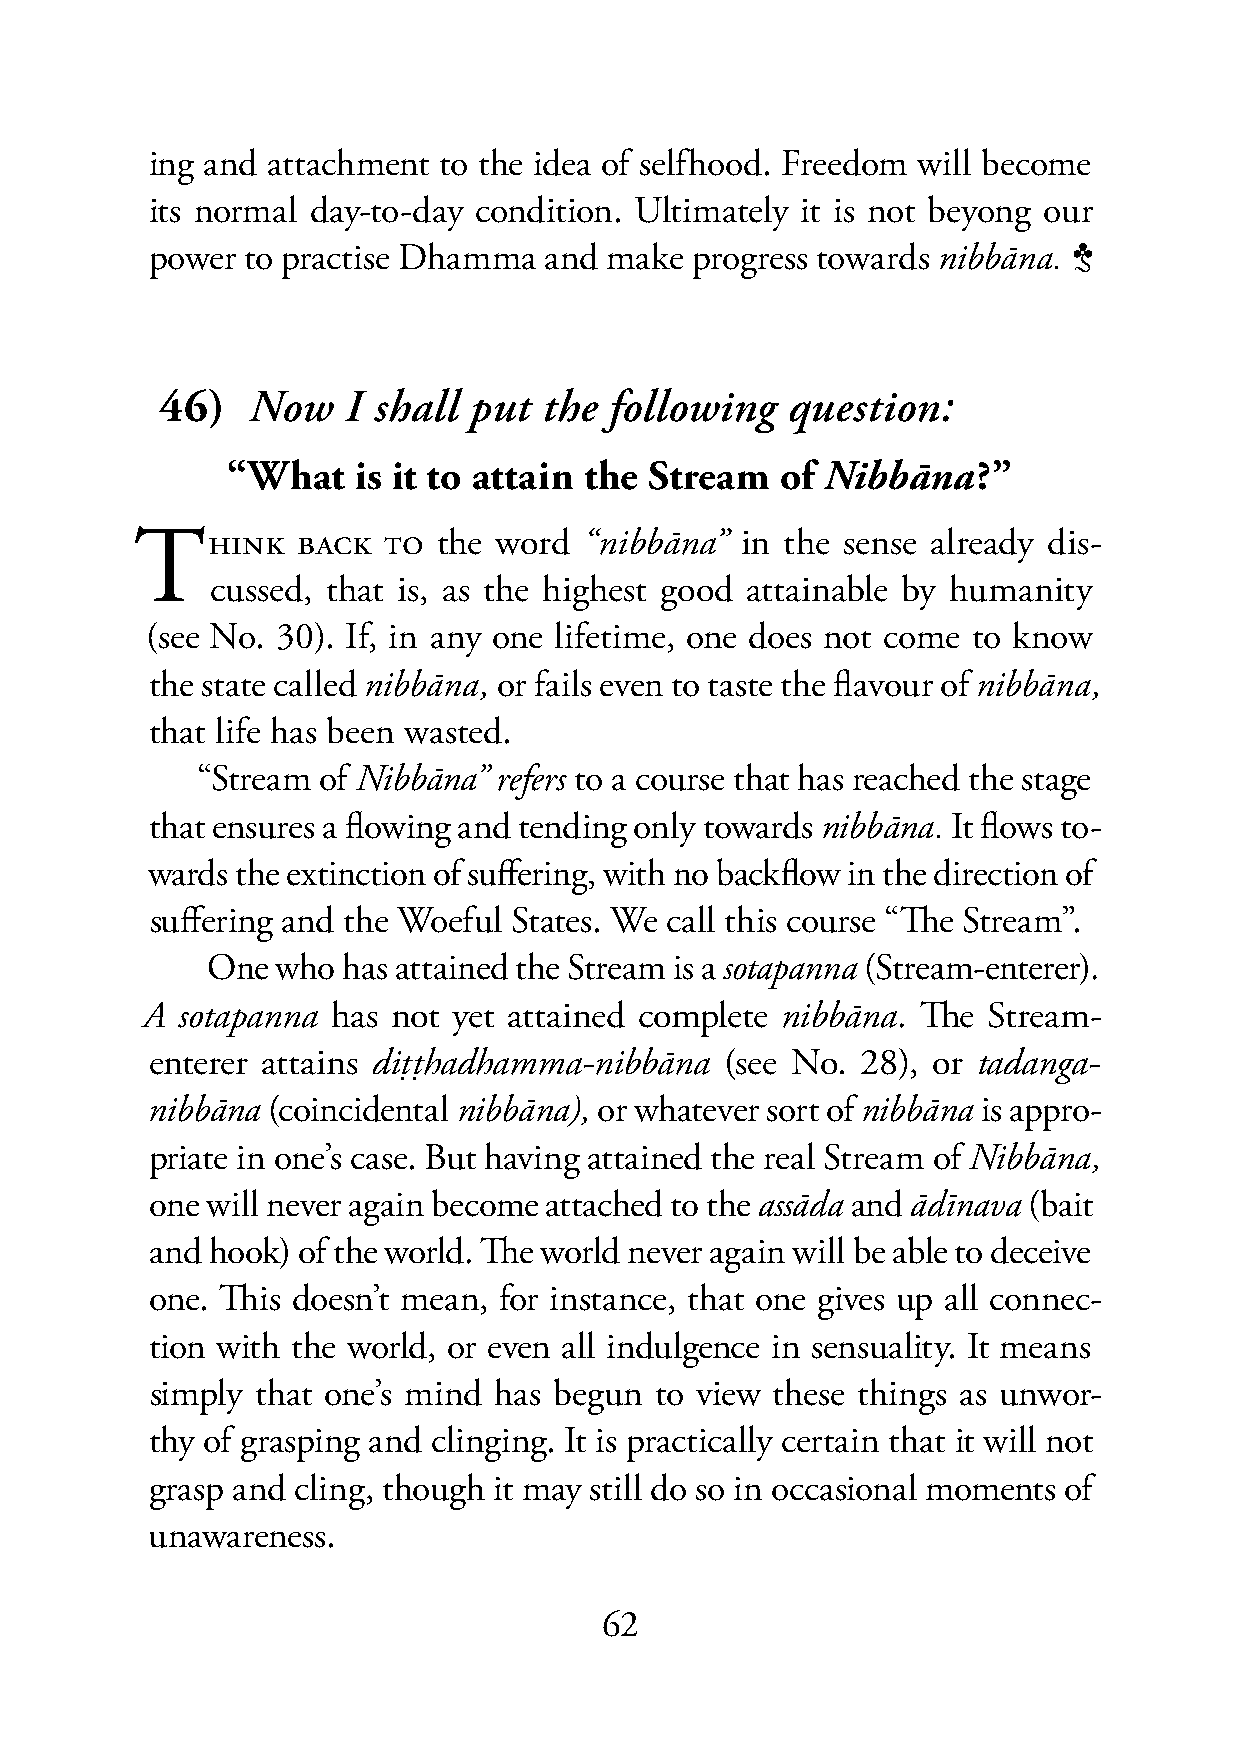
ing and attachment to the idea of selfhood. Freedom will become
 its normal day-to-day condition. Ultimately it is not beyong our
 power to practise Dhamma  and make  progress towards nibbāna. 3
 46)  Now    I shall put  the following   question:
 46)  “What   is it to attain the Stream   of Nibbāna?”
 THINK      BACK TO  the word  “nibbāna” in the sense already dis-
 cussed, that is, as the highest good attainable by humanity
 (see No. 30). If, in any one lifetime, one does not come to know
 the state called nibbāna, or fails even to taste the flavour of nibbāna,
 that life has been wasted.
 “Stream of Nibbāna” refers to a course that has reached the stage
 that ensures a flowing and tending only towards nibbāna. It flows to-
 wards the extinction of suffering, with no backflow in the direction of
 suffering and the Woeful States. We call this course “The Stream”.
 One who  has attained the Stream is a sotapanna (Stream-enterer).
 A  sotapanna has not yet attained complete nibbāna. The Stream-
 enterer attains diṭṭhadhamma-nibbāna  (see No. 28), or tadanga-
 nibbāna (coincidental nibbāna), or whatever sort of nibbāna is appro-
 priate in one’s case. But having attained the real Stream of Nibbāna,
 one will never again become attached to the assāda and ādīnava (bait
 and hook) of the world. The world never again will be able to deceive
 one. This doesn’t mean, for instance, that one gives up all connec-
 tion with the world, or even all indulgence in sensuality. It means
 simply that one’s mind has begun to view these things as unwor-
 thy of grasping and clinging. It is practically certain that it will not
 grasp and cling, though it may still do so in occasional moments of
 unawareness.
 62